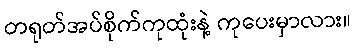
တရုတ်အပ်စိုက်ကုထုံးနဲ့ ကုပေးမှာလား။